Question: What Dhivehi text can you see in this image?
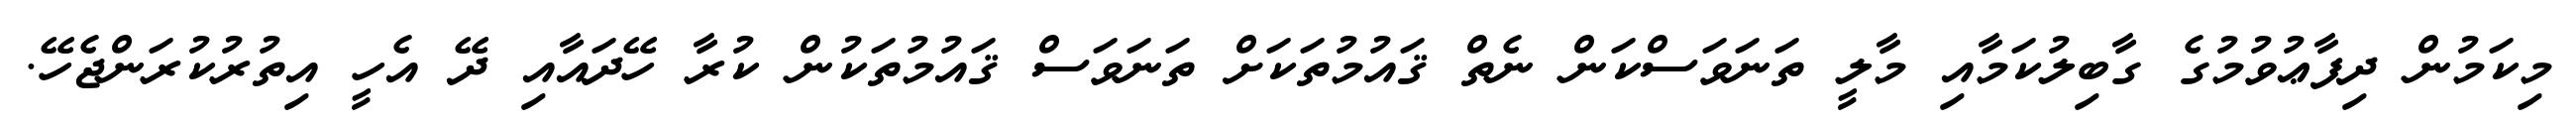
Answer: މިކަމުން ދިފާޢުވުމުގެ ގާބިލުކަމާއި މާލީ ތަނަވަސްކަން ނެތް ޤައުމުތަކަށް ތަނަވަސް ޤައުމުތަކުން ކުރާ ހޭދައާއި ދޭ އެހީ އިތުރުކުރަންޖެހޭ.